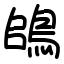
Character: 鴭